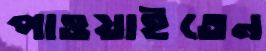
পাওয়াইতেন